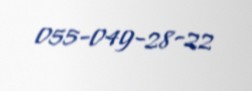
055-049-28-22